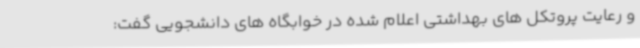
و رعایت پروتکل های بهداشتی اعلام شده در خوابگاه های دانشجویی گفت: